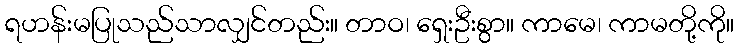
ရဟန်းမပြုသည်သာလျှင်တည်း။ တာဝ၊ ရှေးဦးစွာ။ ကာမေ၊ ကာမတို့ကို။